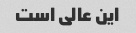
این عالی است